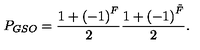
P _ { G S O } = \frac { 1 + \left( - 1 \right) ^ { F } } { 2 } \frac { 1 + \left( - 1 \right) ^ { \tilde { F } } } { 2 } .